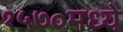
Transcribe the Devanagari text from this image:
१५७०मध्ये